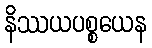
နိဿယပစ္စယေန